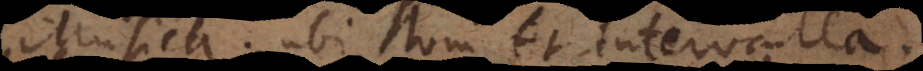
Musica; ubi toni et intervalla.